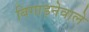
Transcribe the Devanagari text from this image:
बिगाड़नेवाले